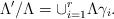
LaTeX: \begin{align*}\Lambda'/\Lambda=\cup_{i=1}^r\Lambda\gamma_i.\end{align*}